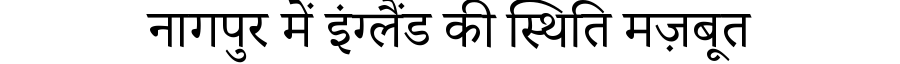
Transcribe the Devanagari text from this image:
नागपुर में इंग्लैंड की स्थिति मज़बूत